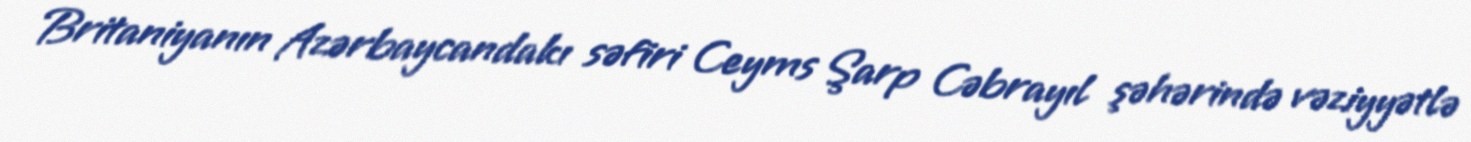
Britaniyanın Azərbaycandakı səfiri Ceyms Şarp Cəbrayıl şəhərində vəziyyətlə